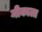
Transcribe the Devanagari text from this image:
नीकाला